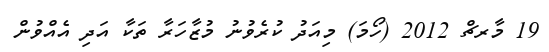
19 މާރޗް 2012 (ހޯމަ) މިއަދު ކުރެވުނު މުޒާހަރާ ތަކާ އަދި އެއްވުން